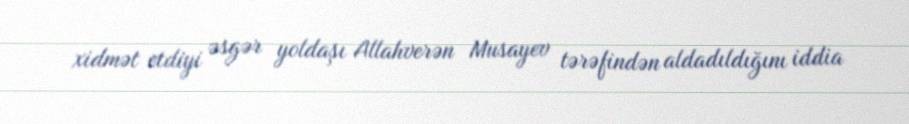
xidmət etdiyi əsgər yoldaşı Allahverən Musayev tərəfindən aldadıldığını iddia